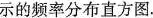
示的频率分布直方图。